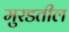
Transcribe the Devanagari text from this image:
मुरडतील